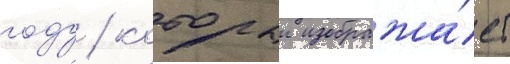
году / которыи изобража́ет